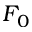
F _ { 0 }